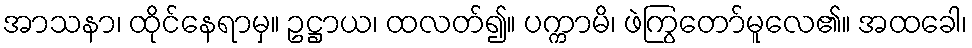
အာသနာ၊ ထိုင်နေရာမှ။ ဥဋ္ဌာယ၊ ထလတ်၍။ ပက္ကာမိ၊ ဖဲကြွတော်မူလေ၏။ အထခေါ၊